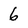
Character: 6